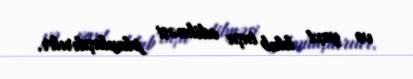
və yaxt klub inşa edilməsi planlaşdırılır.